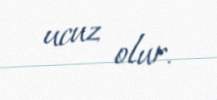
ucuz olur.